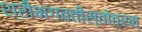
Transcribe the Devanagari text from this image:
श्रीभगवतीस्तोत्रम्